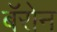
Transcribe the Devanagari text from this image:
बॅरोन